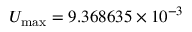
U _ { \mathrm { m a x } } = 9 . 3 6 8 6 3 5 \times 1 0 ^ { - 3 }